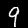
Digit: 9